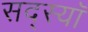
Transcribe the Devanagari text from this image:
सद्स्यॉ